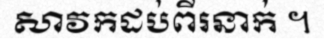
សាវកដប់ពីរនាក់ ។